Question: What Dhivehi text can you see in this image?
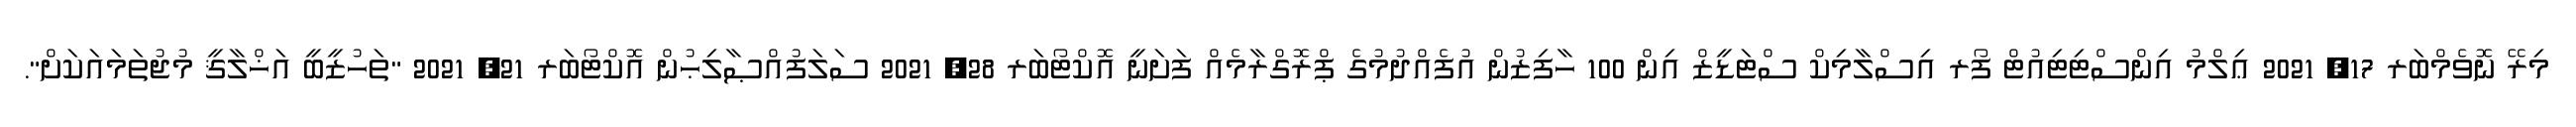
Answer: މިރޭ ނޮވެމްބަރ 17, 2021 ޢިލްމު އިންސްޓިޓިއުޓް ފޯރ އިސްލާމިކް ސްޓަޑީޒް އިން 100 ހާފިޒުން އުފެއްދުމުގެ ޕްރޮގްރާމެއް ފަށަނީ އޮކްޓޯބަރ 28, 2021 ސަލަފުއްޞާލިޙުން އޮކްޓޯބަރ 21, 2021 "ތަހުޒީބީ އަޚްލާޤީ މުޖުތަމައަކަށް".